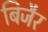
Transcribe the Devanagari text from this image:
बिजैर